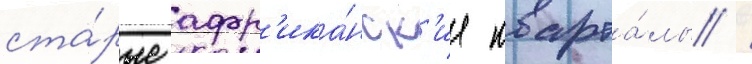
ста́рые афр'ика́нск'ие кварта́лы /